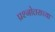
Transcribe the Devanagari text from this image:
प्रश्नोत्तराच्या